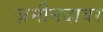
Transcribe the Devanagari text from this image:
ज़मीनदावर